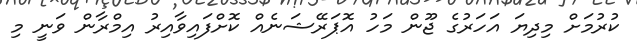
ކުރުމަށް މިދިޔަ އަހަރުގެ ޖޫން މަހު އޮޕަރޭޝަނެއް ކޮށްފައިވާއިރު އިމްރާން ވަނީ މި